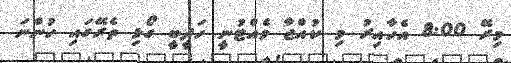
މިރޭ 8:00 އެހާއިރު މި ކުއްޖާ ވެއްޓުނީ ހަދީބީ ގޯޅި ތެރޭގައި ހުންނަ